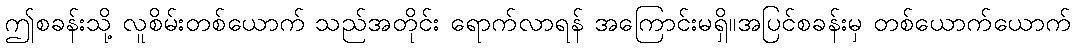
ဤစခန်းသို့ လူစိမ်းတစ်ယောက် သည်အတိုင်း ရောက်လာရန် အကြောင်းမရှိ။အပြင်စခန်းမှ တစ်ယောက်ယောက်